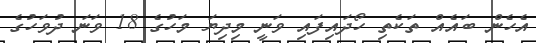
އެހެން ބައެއް ތަކެތި ހޯދައިފައި ވަނީ މިދިޔަ މަހުގެ 18 ވަނަ ދުވަހުގެ